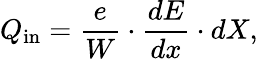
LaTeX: Q_{\mathrm{in}}=\frac{e}{W}\cdot\frac{dE}{dx}\cdot dX,